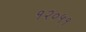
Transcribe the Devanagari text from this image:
१२०५१